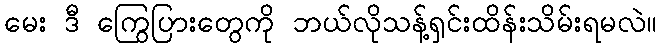
မေး ဒီ ကြွေပြားတွေကို ဘယ်လိုသန့်ရှင်းထိန်းသိမ်းရမလဲ။